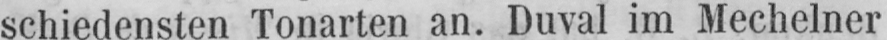
schiedensten Tonarten an. Duval im Mechelner